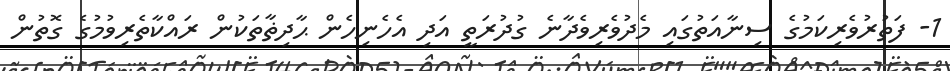
1- ފަތުރުވެރިކަމުގެ ސިނާއަތުގައި މެދުވެރިވެދާނެ ގުދުރަތީ އަދި އެހެނިހެން ޙާދިޡާތަކުން ރައްކާތެރިވުމުގެ ގޮތުން